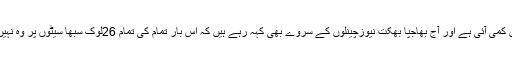
2017کے اسمبلی الیکشن میں بھی پارٹی کی سیٹوں میں کمی آئی ہے اور آج بھاجپا بھکت نیوزچینلوں کے سروے بھی کہہ رہے ہیں کہ اس بار تمام کی تمام 26لوک سبھا سیٹوں پر وہ نہیں جیت پائے گی، کچھ سیٹیں کانگریس کو بھی جائینگی۔